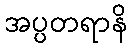
အပ္ပတရာနိ